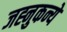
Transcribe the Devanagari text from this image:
जह्नुकन्ये